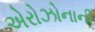
એરોઝોનાની